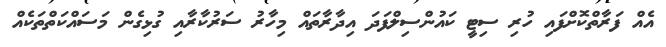
އެއް ފަރާތްކޮށްފައި ހުރި ސިޓީ ކައުންސިލްފަދަ އިދާރާތައް މިހާރު ސަރުކާރާއި ގުޅިގެން މަސައްކަތްތަކެއް